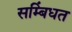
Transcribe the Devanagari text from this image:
सम्बिंधत